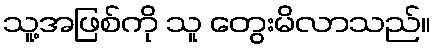
သူ့အဖြစ်ကို သူ တွေးမိလာသည်။